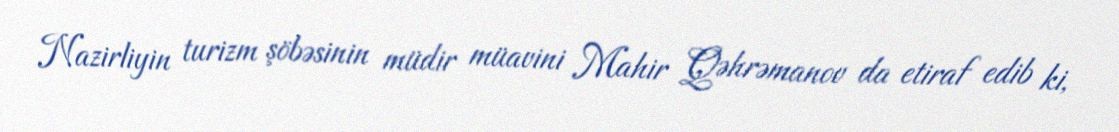
Nazirliyin turizm şöbəsinin müdir müavini Mahir Qəhrəmanov da etiraf edib ki,